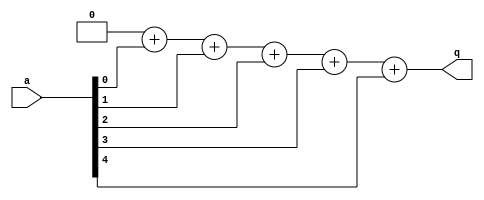
module ex13(q , a);
   output [2:0] q;
   reg [2:0] 	q, tmp;
   input [4:0] 	a;
   integer 	i;  
   always @(*) begin
      q = 0 + a[0] + a[1] + a[2] + a[3] + a[4];
   end
endmodule